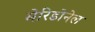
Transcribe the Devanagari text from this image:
मेरिडोनेल